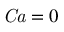
\mathit { C a } = 0